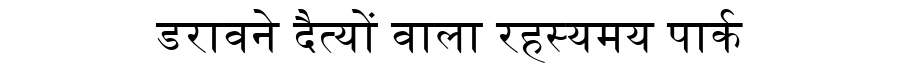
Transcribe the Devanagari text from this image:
डरावने दैत्यों वाला रहस्यमय पार्क